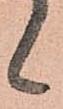
候